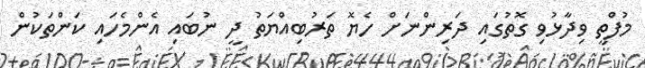
މުފްތީ ވިދާޅުވި ގޮތުގައި ދަރިންނަށް ހެޔޮ ތަރުބިއްޔަތު ދީ ނުބައި އެންމެހައި ކަންތަކުން